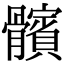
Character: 髕